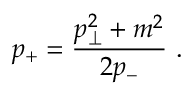
p _ { + } = \frac { p _ { \perp } ^ { 2 } + m ^ { 2 } } { 2 p _ { - } } \ .